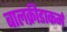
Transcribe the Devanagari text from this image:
बालक्रीडाकर्म